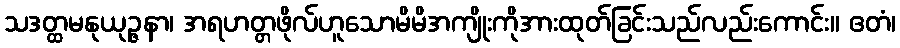
သဒတ္ထမနုယုဉ္ဇနာ၊ အရဟတ္တဖိုလ်ဟူသောမိမိအကျိုးကိုအားထုတ်ခြင်းသည်လည်းကောင်း။ ဧတံ၊